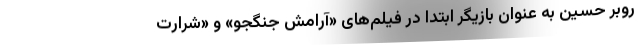
روبر حسین به عنوان بازیگر ابتدا در فیلم‌های «آرامش جنگجو» و «شرارت